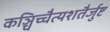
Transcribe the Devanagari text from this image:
कञ्चिच्चैत्यशतैर्जुष्ट